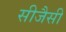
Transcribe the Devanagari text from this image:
सीजैसी